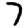
Digit: 7